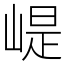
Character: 崼